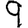
Digit: 9